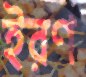
ইরণ